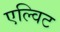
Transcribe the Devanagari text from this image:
एल्विट